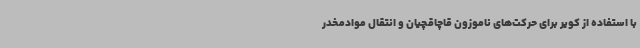
با استفاده از کویر برای حرکت‌های ناموزون قاچاقچیان و انتقال موادمخدر